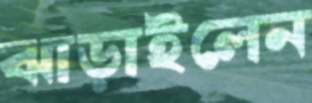
ঝাড়াইলেন